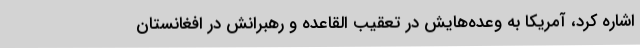
اشاره کرد، آمریکا به وعده‌هایش در تعقیب القاعده و رهبرانش در افغانستان